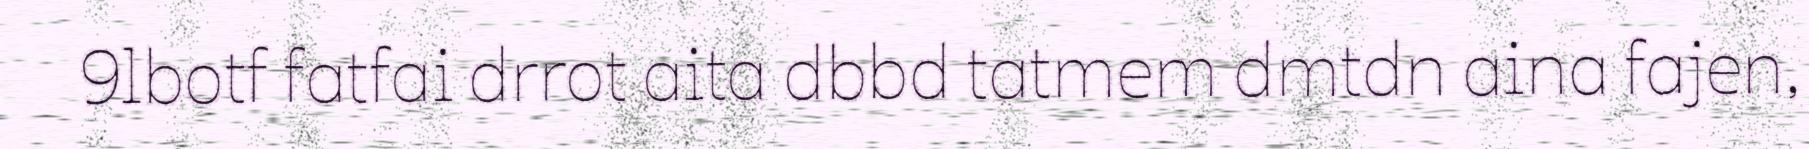
9lbotf fatfai drrot aita dbbd tatmem dmtdn aina fajen,